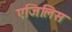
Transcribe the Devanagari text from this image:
एजिलिस